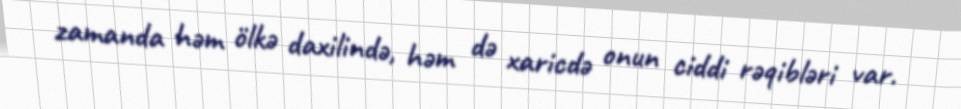
zamanda həm ölkə daxilində, həm də xaricdə onun ciddi rəqibləri var.